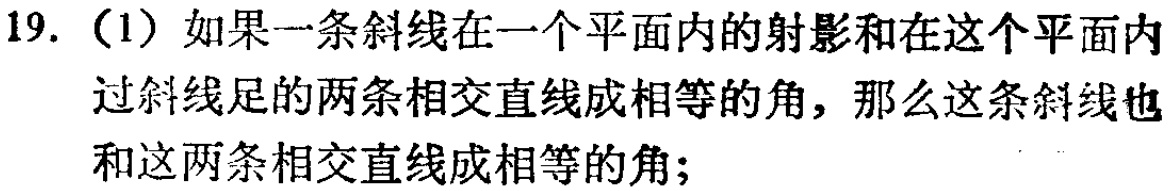
19. （1）如果一条斜线在一个平面内的射影和在这个平面内过斜线足的两条相交直线成相等的角，那么这条斜线也和这两条相交直线成相等的角；